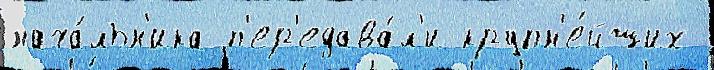
нача́льн'ика п'ер'едава́л'и крупн'е́йших